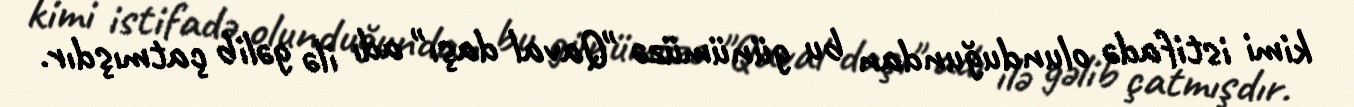
kimi istifadə olunduğundan bu günümüzə "Qaval daşı" adı ilə gəlib çatmışdır.